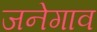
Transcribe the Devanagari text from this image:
जनेगाव